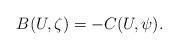
LaTeX: \begin{align*}B(U,\zeta )=-C(U,\psi ). \end{align*}